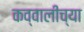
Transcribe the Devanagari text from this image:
कव्वालीच्या